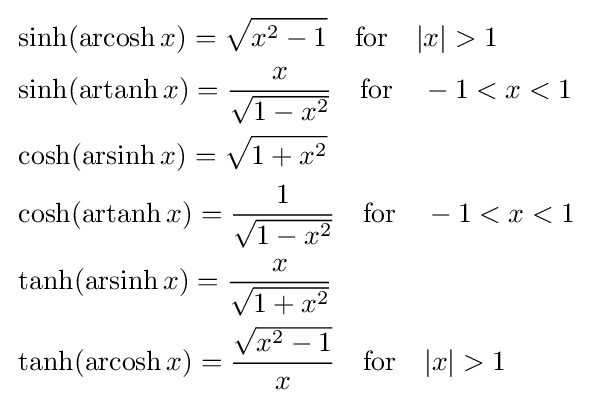
{\begin{aligned}&\sinh(\operatorname {arcosh} x)={\sqrt {x^{2}-1}}\quad {\text{for}}\quad |x|>1\\&\sinh(\operatorname {artanh} x)={\frac {x}{\sqrt {1-x^{2}}}}\quad {\text{for}}\quad -1<x<1\\&\cosh(\operatorname {arsinh} x)={\sqrt {1+x^{2}}}\\&\cosh(\operatorname {artanh} x)={\frac {1}{\sqrt {1-x^{2}}}}\quad {\text{for}}\quad -1<x<1\\&\tanh(\operatorname {arsinh} x)={\frac {x}{\sqrt {1+x^{2}}}}\\&\tanh(\operatorname {arcosh} x)={\frac {\sqrt {x^{2}-1}}{x}}\quad {\text{for}}\quad |x|>1\end{aligned}}